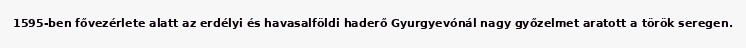
1595-ben fővezérlete alatt az erdélyi és havasalföldi haderő Gyurgyevónál nagy győzelmet aratott a török seregen.